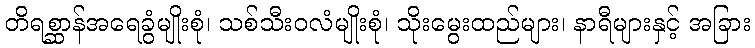
တိရစ္ဆာန်အရေခွံမျိုးစုံ၊ သစ်သီးဝလံမျိုးစုံ၊ သိုးမွေးထည်များ၊ နာရီများနှင့် အခြား